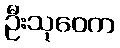
ဦးသုဝေက